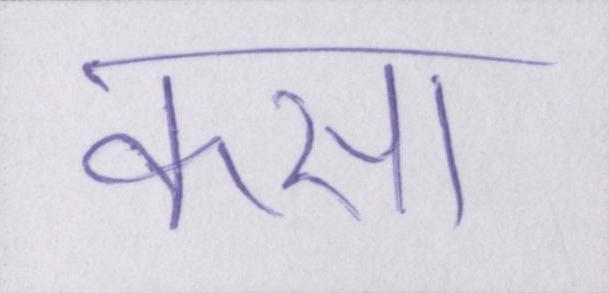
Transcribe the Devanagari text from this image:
कसा